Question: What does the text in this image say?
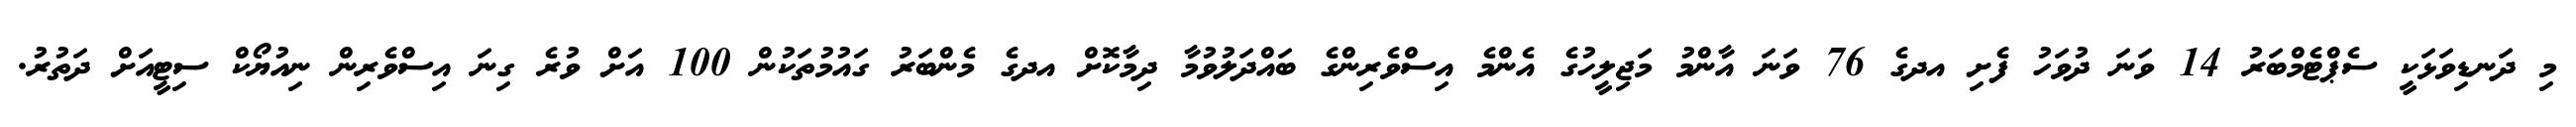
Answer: މި ދަނޑިވަޅަކީ ސެޕްޓެމްބަރު 14 ވަނަ ދުވަހު ފެށި އދގެ 76 ވަނަ އާންމު މަޖިލީހުގެ އެންމެ އިސްވެރިންގެ ބައްދަލުވުމާ ދިމާކޮށް އދގެ މެންބަރު ގައުމުތަކުން 100 އަށް ވުރެ ގިނަ އިސްވެރިން ނިއުޔޯކް ސިޓީއަށް ދަތުރު.